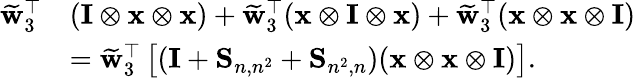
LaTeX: \begin{array}{rl}{\widetilde{\mathbf{w}}_{3}^{\top}}&{(\mathbf{I}\otimes\mathbf{x}\otimes\mathbf{x})+\widetilde{\mathbf{w}}_{3}^{\top}(\mathbf{x}\otimes\mathbf{I}\otimes\mathbf{x})+\widetilde{\mathbf{w}}_{3}^{\top}(\mathbf{x}\otimes\mathbf{x}\otimes\mathbf{I})}\\ &{=\widetilde{\mathbf{w}}_{3}^{\top}\left[(\mathbf{I}+\mathbf{S}_{n,n^{2}}+\mathbf{S}_{n^{2},n})(\mathbf{x}\otimes\mathbf{x}\otimes\mathbf{I})\right].}\end{array}